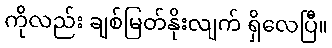
ကိုလည်း ချစ်မြတ်နိုးလျက် ရှိလေပြီ။